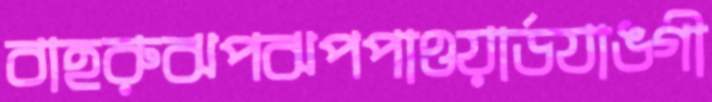
বাহরুঝপঝপপাওয়ার্ডযাঙগী